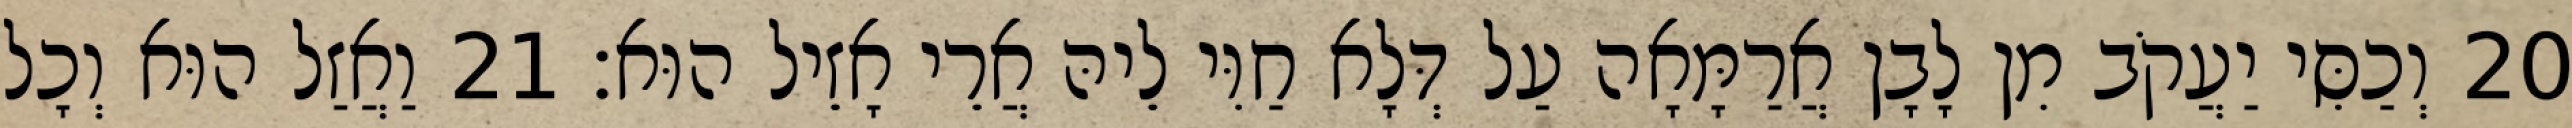
20 וְכַסִּי יַעֲקֹב מִן לָבָן אֲרַמָּאָה עַל דְּלָא חַוִּי לֵיהּ אֲרֵי אָזֵיל הוּא׃ 21 וַאֲזַל הוּא וְכָל